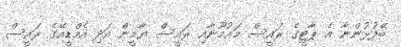
ބޭފުޅުންނާ އެ ޕާޓީގެ ރައީސް މައުމޫނާއި ރައީސް ޔާމީން އަދި އެމްޑީއޭގެ ރައީސް